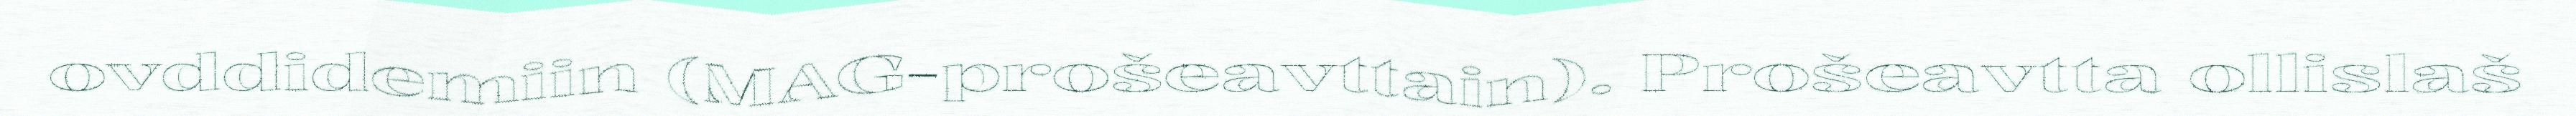
ovddidemiin (MAG-prošeavttain). Prošeavtta ollislaš